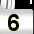
Digit: 3